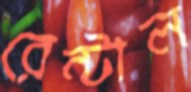
রেন্টাল